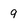
Character: 9